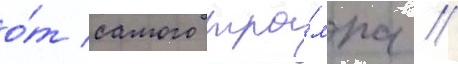
о́т самого тра́мпа //